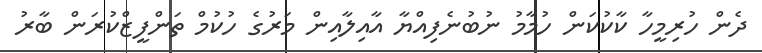
ދެން ހުރިމީހާ ކާކުކަން ހުމާމު ނުބުނެފިއްޔާ އާއިލާއިން މަރުގެ ހުކުމް ތަންފީޒްކުރަން ބާރު